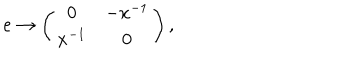
e \rightarrow \left( \begin{array} { c c } { { 0 } } & { { - x ^ { - 1 } } } \\ { { x ^ { - 1 } } } & { { 0 } } \\ \end{array} \right) ,